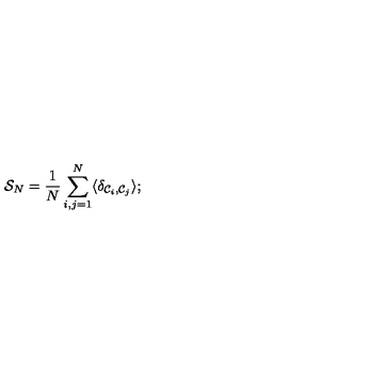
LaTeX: { \cal { S } } _ { N } = { \frac { 1 } { N } } \sum _ { i , j = 1 } ^ { N } \langle \delta _ { { \cal { C } } _ { i } , { \cal { C } } _ { j } } \rangle ; \protect